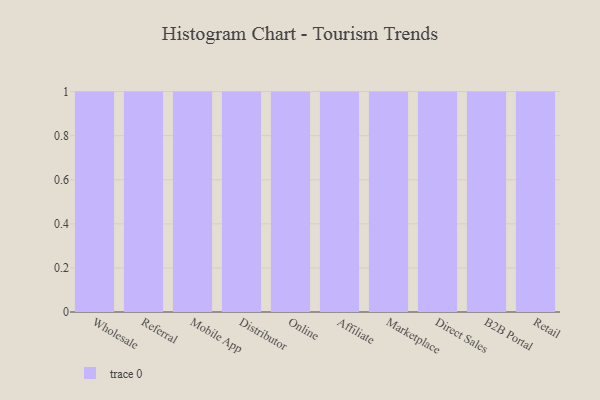
{"axis": {"x": "Channel", "y": "Bounce Rate (%)"}, "legend": [""], "data": [{"x": "Wholesale", "y": 96, "type": ""}, {"x": "Referral", "y": 25, "type": ""}, {"x": "Mobile App", "y": 24, "type": ""}, {"x": "Distributor", "y": 89, "type": ""}, {"x": "Online", "y": 46, "type": ""}, {"x": "Affiliate", "y": 78, "type": ""}, {"x": "Marketplace", "y": 37, "type": ""}, {"x": "Direct Sales", "y": 5, "type": ""}, {"x": "B2B Portal", "y": 100, "type": ""}, {"x": "Retail", "y": 25, "type": ""}]}